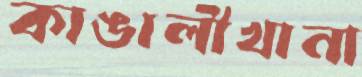
কাঙালীখানা